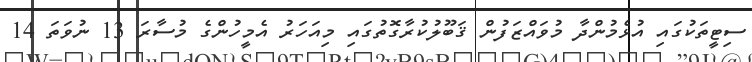
ސިޓީތަކުގައި އުޅެމުންދާ މުވައްޒަފުން ޤަބޫލުކުރާގޮތުގައި މިއަހަރު އެމީހުންގެ މުސާރަ 13 ނުވަތަ 14